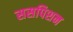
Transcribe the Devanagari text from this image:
ससपिशन